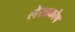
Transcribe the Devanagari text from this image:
लेखकोष